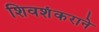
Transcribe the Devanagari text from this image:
शिवशंकराने